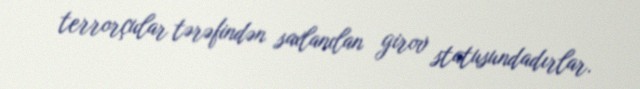
terrorçular tərəfindən saxlanılan girov statusundadırlar.